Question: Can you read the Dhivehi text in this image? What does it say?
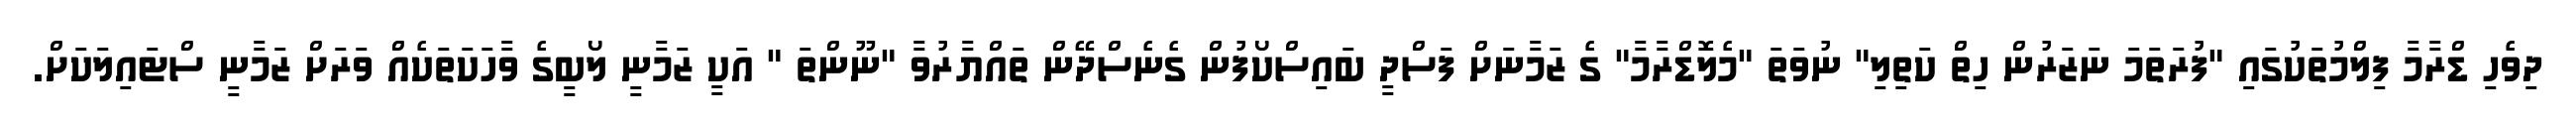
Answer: ދިވެހި ޑްރާމާ ފިލްމުތަކުގައި "ފުރަތަމަ ނަޒަރުން ހިތް ކަތިލި" ނުވަތަ "މެލޮޑްރާމާ" ގެ ޒަމާނަށް ފަސްދީ ބައިސްކޯފުން ގެނެސްދޭން ތައްޔާރުވާ "ނޫންތަ " އަކީ ޒަމާނީ ލޯބީގެ ވާހަކަތަކެއް ވަރަށް ޒަމާނީ ސްޓައިލަކަށް.